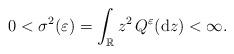
LaTeX: \begin{align*} 0<\sigma^2(\varepsilon) = \int_{\mathbb{R}} z^2 \, Q^{\varepsilon}(\textrm{d}z) < \infty.\end{align*}